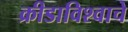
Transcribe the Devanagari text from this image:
क्रीडाविश्वाचे